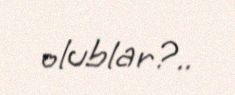
olublar?..